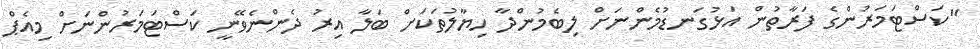
"ކަސްޓަމަރުންގެ ފަރާތުން އަޅުގަނޑުމެންނަށް ލިބެމުންދާ ހިޔާލުތަކަށް ބަލާ އިރު ދެންނެވޭނީ ކަސްޓަމަރުންނަށް މިއެޕް